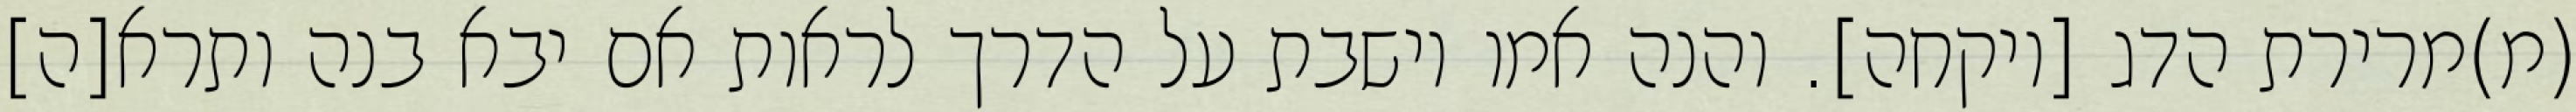
(מ)מרירת הדג [ויקחה]. והנה אמו יושבת על הדרך לראות אם יבא בנה ותרא[ה]